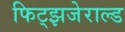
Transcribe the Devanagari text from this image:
फिट्झजेराल्ड